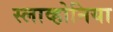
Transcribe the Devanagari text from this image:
स्लाव्होनिया